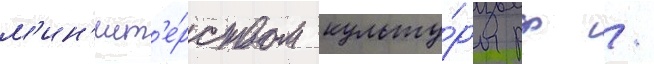
м'ин'ист'е́рством культу́ры рф /